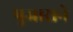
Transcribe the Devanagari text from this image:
पुजाराने